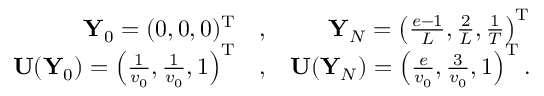
\begin{array} { r l r } { { \mathbf Y } _ { 0 } = ( 0 , 0 , 0 ) ^ { { \mathrm T } } } & { { } , } & { { \mathbf Y } _ { N } = \left( \frac { e - 1 } { L } , \frac { 2 } { L } , \frac { 1 } { T } \right) ^ { { \mathrm T } } } \\ { { \mathbf U } ( { \mathbf Y } _ { 0 } ) = \left( \frac { 1 } { v _ { 0 } } , \frac { 1 } { v _ { 0 } } , 1 \right) ^ { { \mathrm T } } } & { { } , } & { { \mathbf U } ( { \mathbf Y } _ { N } ) = \left( \frac { e } { v _ { 0 } } , \frac { 3 } { v _ { 0 } } , 1 \right) ^ { { \mathrm T } } . } \end{array}